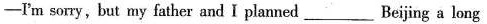
——I'm sorry,but my father and I planned___Beijing a long